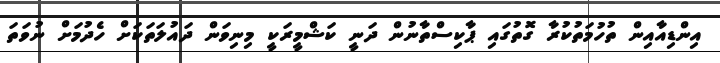
އިންޑިއާއިން ތުހުމަތުކުރާ ގޮތުގައި ޕާކިސްތާނުން ދަނީ ކަޝްމީރަކީ މިނިވަން ދައުލަތަކަށް ހެދުމަށް ނުވަތަ